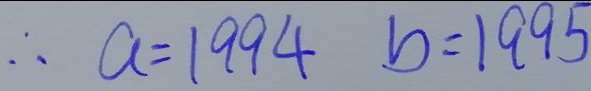
\therefore a = 1 9 9 4 b = 1 9 9 5